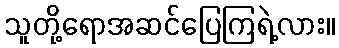
သူတို့ရောအဆင်ပြေကြရဲ့လား။